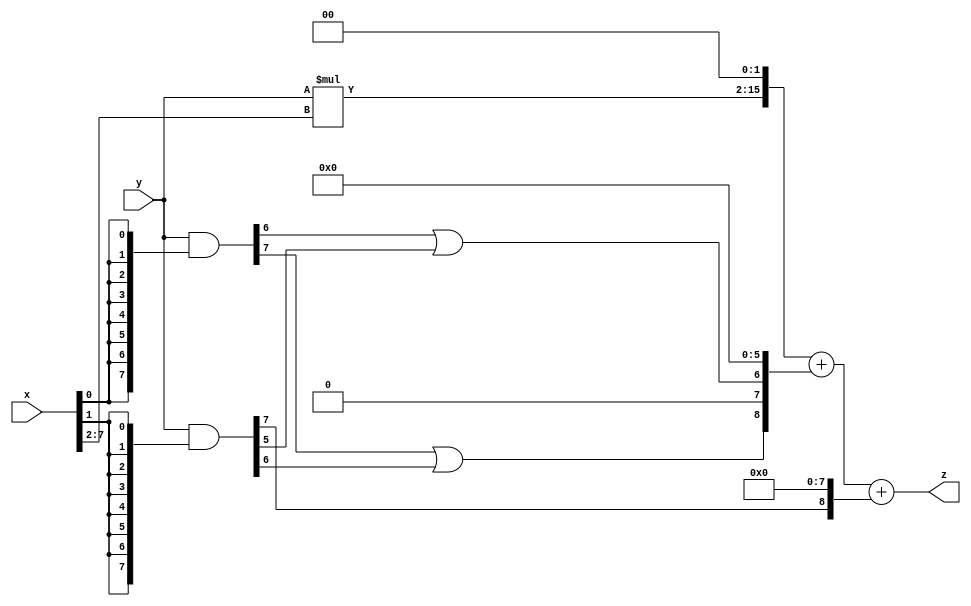
// terms: 3
// fval:  10407.25

module unsigned_8x8_l2_lamb2000_9 (
	input [7:0] x,
	input [7:0] y,
	output [15:0] z
);

wire [13:0] tmp_z = y*x[7:2];

wire [7:0] part1 =  y & {8{x[0]}};
wire [7:0] part2 =  y & {8{x[1]}};

wire [8:0] new_part1;
assign new_part1[0] = 0;
assign new_part1[1] = 0;
assign new_part1[2] = 0;
assign new_part1[3] = 0;
assign new_part1[4] = 0;
assign new_part1[5] = 0;
assign new_part1[6] = part1[6] | part2[5];
assign new_part1[7] = 0;
assign new_part1[8] = part1[7] | part2[6];

wire [8:0] new_part2;
assign new_part2[0] = 0;
assign new_part2[1] = 0;
assign new_part2[2] = 0;
assign new_part2[3] = 0;
assign new_part2[4] = 0;
assign new_part2[5] = 0;
assign new_part2[6] = 0;
assign new_part2[7] = 0;
assign new_part2[8] = part2[7];

assign z = {tmp_z, 2'd 0} + new_part1 + new_part2;
endmodule